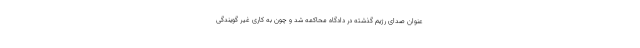
عنوان صدای رژیم گذشته در دادگاه محاکمه شد و چون به کاری غیر گویندگی